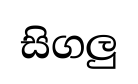
සිගලු